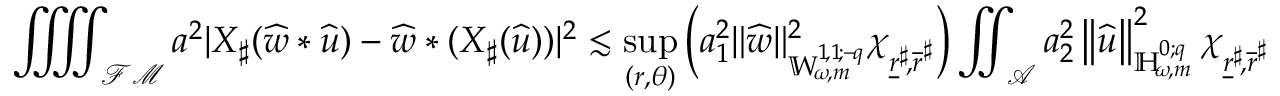
\iiiint _ { { \mathcal { F M } } } a ^ { 2 } | X _ { \sharp } ( \widehat { w } * { \widehat { u } } ) - \widehat { w } * ( X _ { \sharp } ( { \widehat { u } } ) ) | ^ { 2 } \lesssim \operatorname* { s u p } _ { ( r , \theta ) } \left( a _ { 1 } ^ { 2 } \lVert \widehat { w } \rVert _ { { \mathbb { W } _ { \! \omega \! , m } ^ { 1 \! , 1 \! ; { - \! q } } } } ^ { 2 } \chi _ { \underline { { r } } ^ { \sharp } \! , \overline { { r } } ^ { \sharp } } \right) \iint _ { \mathcal { A } } a _ { 2 } ^ { 2 } \left\lVert { \widehat { u } } \right\rVert _ { { \mathbb { H } _ { \! \omega \! , m } ^ { 0 ; { q } } } } ^ { 2 } \chi _ { \underline { { r } } ^ { \sharp } \! , \overline { { r } } ^ { \sharp } }